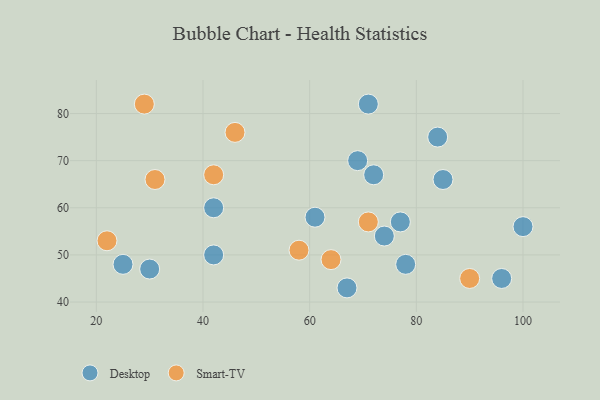
{"axis": {"x": "GDP", "y": "Life Expectancy"}, "legend": ["Desktop", "Smart-TV"], "data": [{"x": "78", "y": 48, "type": "Desktop"}, {"x": "74", "y": 54, "type": "Desktop"}, {"x": "25", "y": 48, "type": "Desktop"}, {"x": "72", "y": 67, "type": "Desktop"}, {"x": "42", "y": 60, "type": "Desktop"}, {"x": "71", "y": 82, "type": "Desktop"}, {"x": "77", "y": 57, "type": "Desktop"}, {"x": "84", "y": 75, "type": "Desktop"}, {"x": "42", "y": 50, "type": "Desktop"}, {"x": "67", "y": 43, "type": "Desktop"}, {"x": "69", "y": 70, "type": "Desktop"}, {"x": "30", "y": 47, "type": "Desktop"}, {"x": "96", "y": 45, "type": "Desktop"}, {"x": "61", "y": 58, "type": "Desktop"}, {"x": "100", "y": 56, "type": "Desktop"}, {"x": "85", "y": 66, "type": "Desktop"}, {"x": "58", "y": 51, "type": "Smart-TV"}, {"x": "22", "y": 53, "type": "Smart-TV"}, {"x": "42", "y": 67, "type": "Smart-TV"}, {"x": "90", "y": 45, "type": "Smart-TV"}, {"x": "29", "y": 82, "type": "Smart-TV"}, {"x": "71", "y": 57, "type": "Smart-TV"}, {"x": "31", "y": 66, "type": "Smart-TV"}, {"x": "46", "y": 76, "type": "Smart-TV"}, {"x": "64", "y": 49, "type": "Smart-TV"}]}